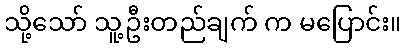
သို့သော် သူ့ဦးတည်ချက် က မပြောင်း။